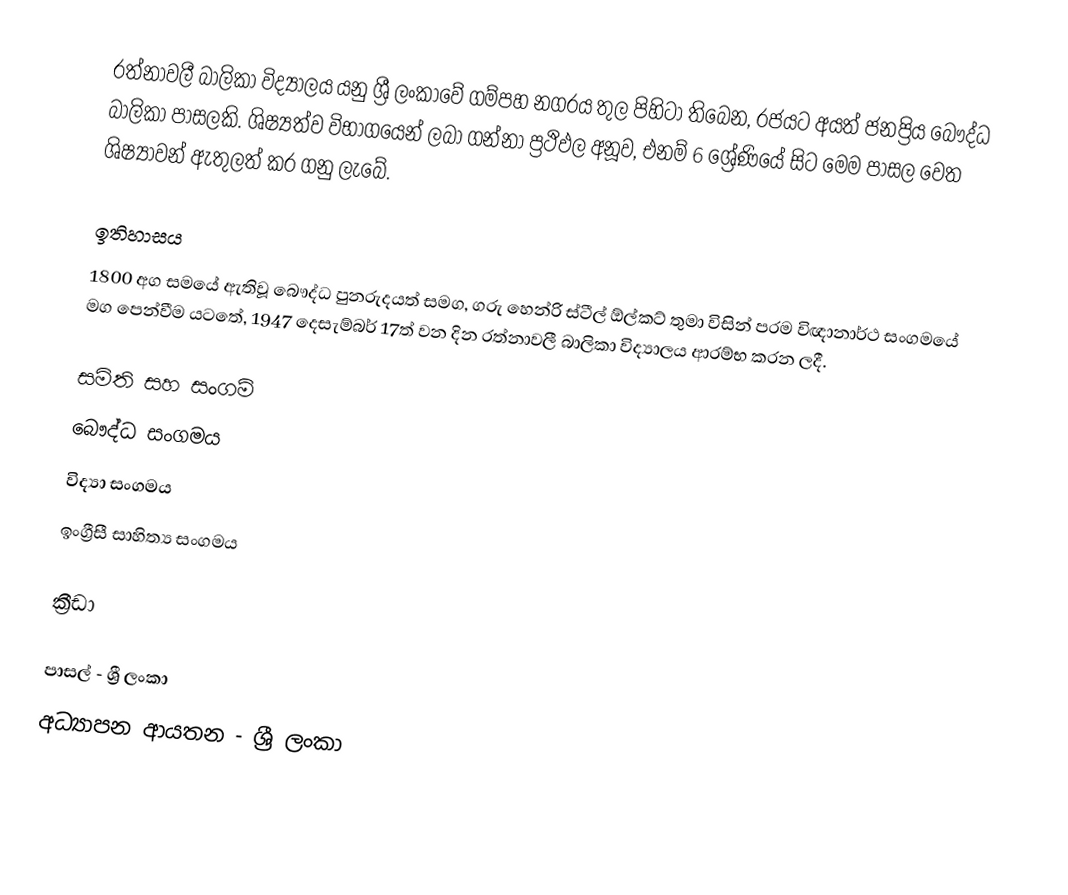
රත්නාවලී බාලිකා විද්‍යාලය යනු ශ්‍රී ලංකාවේ ගම්පහ නගරය තුල පිහිටා තිබෙන, රජයට අයත් ජනප්‍රිය බෞද්ධ බාලිකා පාසලකි. ශිෂ්‍යත්ව විභාගයෙන් ලබා ගන්නා ප්‍රථිඵල අනූව, එනම් 6 ශ්‍රේණියේ සිට මෙම පාසල වෙත ශිෂ්‍යාවන් ඇතුලත් කර ගනු ලැබේ.

ඉතිහාසය
1800 අග සමයේ ඇතිවූ බෞද්ධ පුනරුදයත් සමග, ගරු හෙන්රි ස්ටීල් ඕල්කට් තුමා විසින් පරම විඥානාර්ථ සංගමයේ මග පෙන්වීම යටතේ, 1947 දෙසැම්බර් 17ත් වන දින රත්නාවලී බාලිකා විද්‍යාලය ආරම්භ කරන ලදී.

සමිති සහ සංගම්
බෞද්ධ සංගමය
විද්‍යා සංගමය
ඉංග්‍රීසී සාහිත්‍ය සංගමය

ක්‍රීඩා

පාසල් - ශ්‍රී ලංකා
අධ්‍යාපන ආයතන - ශ්‍රී ලංකා